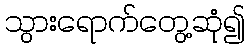
သွားရောက်တွေ့ဆုံ၍